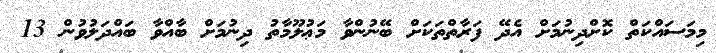
މިމަސައްކަތް ކޮށްދިނުމަށް އެދޭ ފަރާތްތަކަށް ބޭނުންވާ މަޢުލޫމާތު ދިނުމަށް ބާއްވާ ބައްދަލުވުން 13